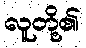
လူတို့၏